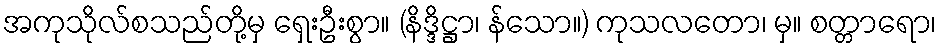
အကုသိုလ်စသည်တို့မှ ရှေးဦးစွာ။ (နိဒ္ဒိဋ္ဌာ၊ န်သော။) ကုသလတော၊ မှ။ စတ္တာရော၊